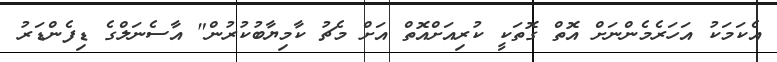
އެކަމަކު އަހަރެމެންނަށް އޮތް ގޮތަކީ ކުރިއަށްއޮތް އަށް މެޗު ކާމިޔާބުކުރުން" އާސެނަލްގެ ޑިފެންޑަރު